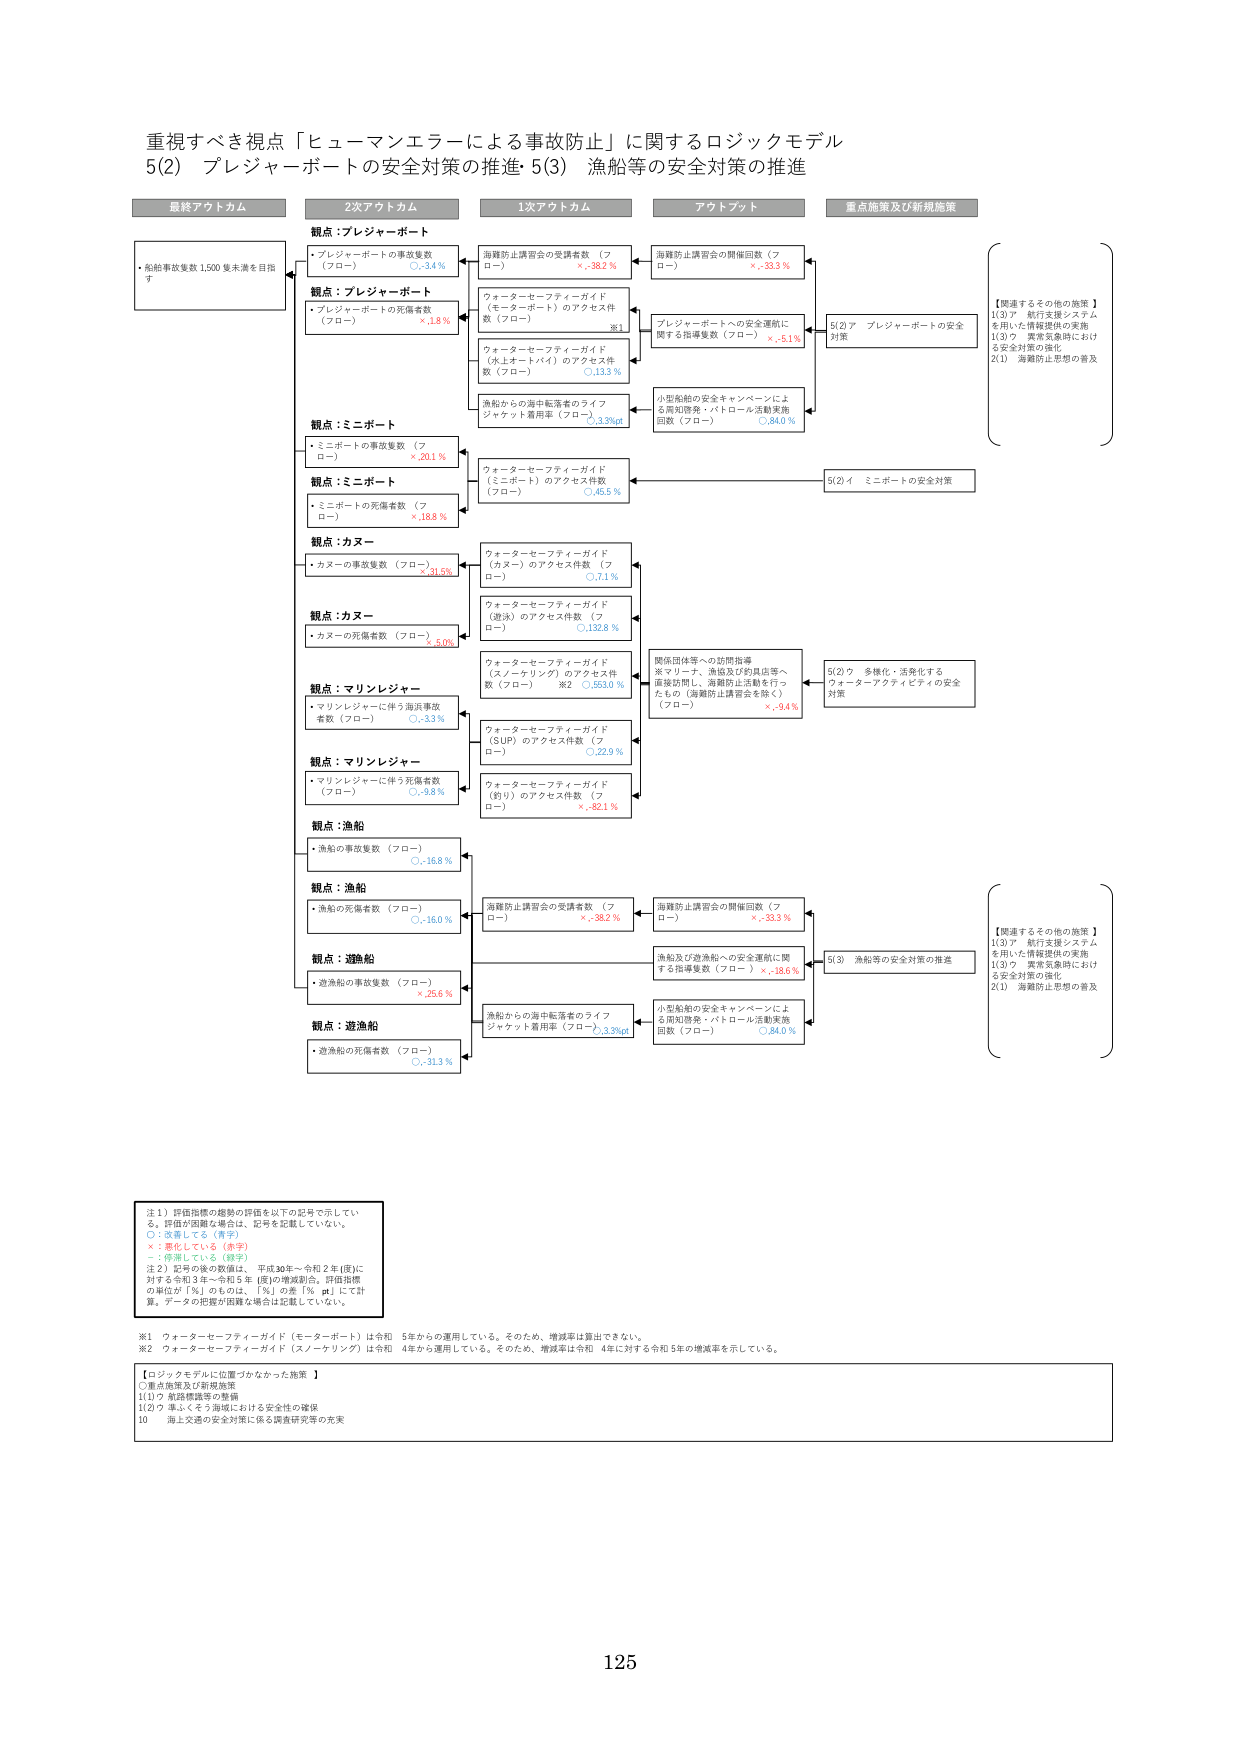
重視すべき視点「ヒューマンエラーによる事故防止」に関するロジックモデル
5(2) プレジャーボートの安全対策の推進・5(3) 漁船等の安全対策の推進

最終アウトカム
・船舶事故件数1,500件未満を目指す

2次アウトカム
観点：プレジャーボート
・プレジャーボートの事故件数（フロー） ○-3.4%
観点：プレジャーボート
・プレジャーボートの死傷者数（フロー） ×-1.8%
観点：ミニボート
・ミニボートの事故件数（フロー） ×-20.1%
観点：ミニボート
・ミニボートの死傷者数（フロー） ×-18.8%
観点：カヌー
・カヌーの事故件数（フロー） ×-31.5%
観点：カヌー
・カヌーの死傷者数（フロー） ×-5.0%
観点：マリンレジャー
・マリンレジャーに伴う海浜事故件数（フロー） ○-3.3%
観点：マリンレジャー
・マリンレジャーに伴う死傷者数（フロー） ○-9.8%
観点：漁船
・漁船の事故件数（フロー） ○-16.8%
観点：漁船
・漁船の死傷者数（フロー） ○-16.0%
観点：遊漁船
・遊漁船の事故件数（フロー） ×-25.6%
観点：遊漁船
・遊漁船の死傷者数（フロー） ○-31.3%

1次アウトカム
海難防止講習会の受講者数（フロー） ×-38.2%
ウォーターセーフティーガイド（モーターボート）のアクセス件数（フロー） ※1
ウォーターセーフティーガイド（水上オートバイ）のアクセス件数（フロー） ○-13.3%
漁船からの海中転落者のライフジャケット着用率（フロー） ○-3.3%p
ウォーターセーフティーガイド（ミニボート）のアクセス件数（フロー） ○-16.5%
ウォーターセーフティーガイド（カヌー）のアクセス件数（フロー） ○-7.1%
ウォーターセーフティーガイド（遊泳）のアクセス件数（フロー） ○-13.28%
ウォーターセーフティーガイド（スノーケリング）のアクセス件数（フロー） ※2 ○-553.0%
ウォーターセーフティーガイド（SUP）のアクセス件数（フロー） ○-22.9%
ウォーターセーフティーガイド（釣り）のアクセス件数（フロー） ×-82.1%
海難防止講習会の受講者数（フロー） ×-38.2%
海難防止講習会の開催回数（フロー） ×-33.3%
漁船及び遊漁船への安全運航に関する指導件数（フロー） ×-18.6%
漁船からの海中転落者のライフジャケット着用率（フロー） ○-3.3%p
小型船舶の安全キャンペーンによる周知啓発・パトロール活動実施回数（フロー） ○-84.0%

アウトプット
海難防止講習会の開催回数（フロー） ×-33.3%
プレジャーボートへの安全運航に関する指導件数（フロー） ×-5.1%
小型船舶の安全キャンペーンによる周知啓発・パトロール活動実施回数（フロー） ○-84.0%
関係団体等への訪問指導※マリーナ、漁協及び釣具店等へ直接訪問し、海難防止活動を行ったもの（海難防止講習会を除く）（フロー） ×-9.4%

重点施策及び新規施策
5(2)ア プレジャーボートの安全対策
5(2)イ ミニボートの安全対策
5(2)ウ 多様化・活発化するウォーターアクティビティの安全対策
5(3) 漁船等の安全対策の推進

【関連するその他の施策】
1(3)ア 航行支援システムを用いた情報提供の実施
1(3)ウ 異常気象時における安全対策の強化
2(1) 海難防止思想の普及

注1）評価指標の趨勢の評価を以下の記号で示している。評価が困難な場合は、記号を記載していない。
○：改善している（青字）
×：悪化している（赤字）
－：停滞している（緑字）
注2）記号の後の数値は、平成30年～令和2年（既）に対する令和3年～令和5年（既）の増減割合。評価指標の単位が「%」のものは、「%」の差「% pt」にて計算。データの把握が困難な場合は記載していない。

※1 ウォーターセーフティーガイド（モーターボート）は令和5年からの運用している。そのため、増減率は算出できない。
※2 ウォーターセーフティーガイド（スノーケリング）は令和4年から運用している。そのため、増減率は令和4年に対する令和5年の増減率を示している。

【ロジックモデルに位置づけなかった施策】
○重点施策及び新規施策
1(1)ウ 航路標識等の整備
1(2)ウ 漁ふくそう海域における安全性の確保
10 海上交通の安全対策に係る調査研究等の充実

125